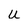
Character: u